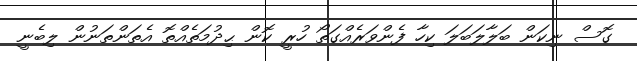
ގޮސް ނިކަން ބަލާލަބަލަ ކިހާ ފެންވަރެއްގަތޯ ހުރީ ކޮން ޙިދުމަތެއްތޮ އެތަންތަނުން ލިބެނީ